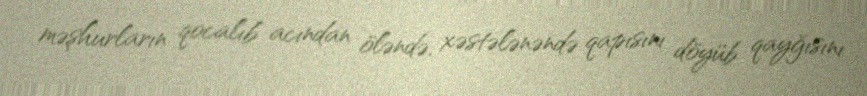
məşhurların qocalıb acından öləndə, xəstələnəndə qapısını döyüb qayğısını